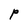
Character: P